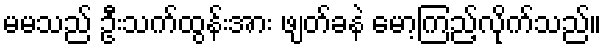
မမသည် ဦးသက်ထွန်းအား ဖျတ်ခနဲ မော့ကြည့်လိုက်သည်။